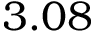
3 . 0 8